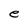
Character: e